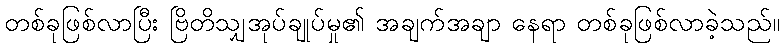
တစ်ခုဖြစ်လာပြီး ဗြိတိသျှအုပ်ချုပ်မှု၏ အချက်အချာ နေရာ တစ်ခုဖြစ်လာခဲ့သည်။